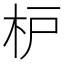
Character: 枦